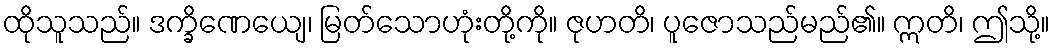
ထိုသူသည်။ ဒက္ခိဏေယျေ၊ မြတ်သောဟုံးတို့ကို။ ဇုဟတိ၊ ပူဇောသည်မည်၏။ ဣတိ၊ ဤသို့။